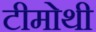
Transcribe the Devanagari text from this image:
टीमोथी